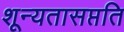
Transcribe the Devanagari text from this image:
शून्यतासप्तति